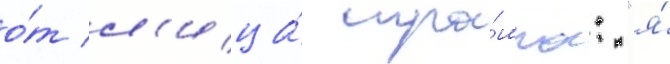
о́т л'ица́ тра́мпа: "я́